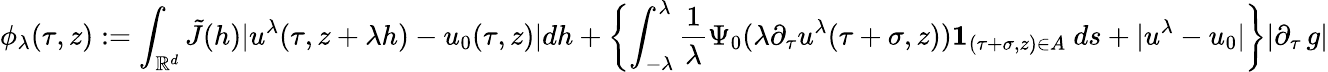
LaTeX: \phi_{\lambda}(\tau,z):=\int_{\mathbb{R}^{d}}\tilde{J}(h)|u^{\lambda}(\tau,z+\lambda h)-u_{0}(\tau,z)|dh+\left\{ \int_{-\lambda}^{\lambda}\frac{1}{\lambda}\Psi_{0}(\lambda\partial_{\tau}u^{\lambda}(\tau+\sigma,z)){\mathbf 1}_{(\tau+\sigma,z)\in A}\ ds+|u^{\lambda}-u_{0}|\right\} |\partial_{\tau}\, g|